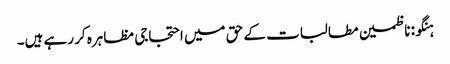
ہنگو: ناظمین مطالبات کے حق میں احتجاجی مظاہرہ کر رہے ہیں۔